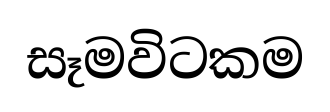
සෑමවිටකම